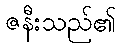
ဇနီးသည်၏